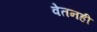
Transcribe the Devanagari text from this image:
वेतनही